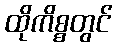
ထိုကိစ္စတွင်